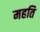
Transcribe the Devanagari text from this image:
महति